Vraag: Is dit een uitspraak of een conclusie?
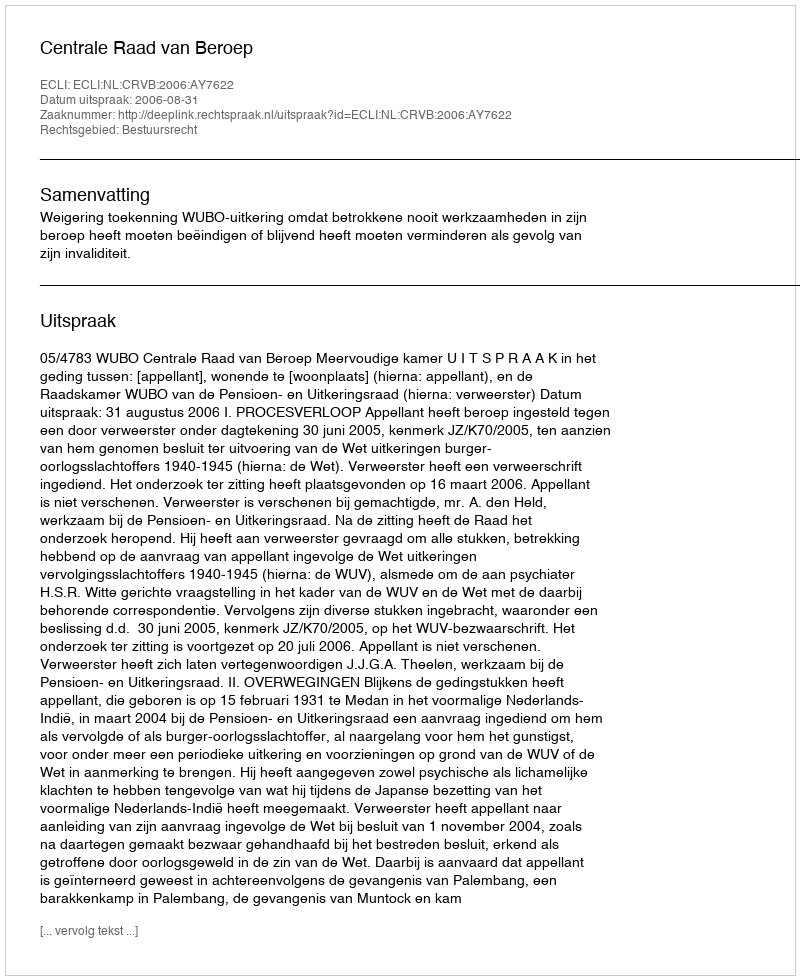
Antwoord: Uitspraak